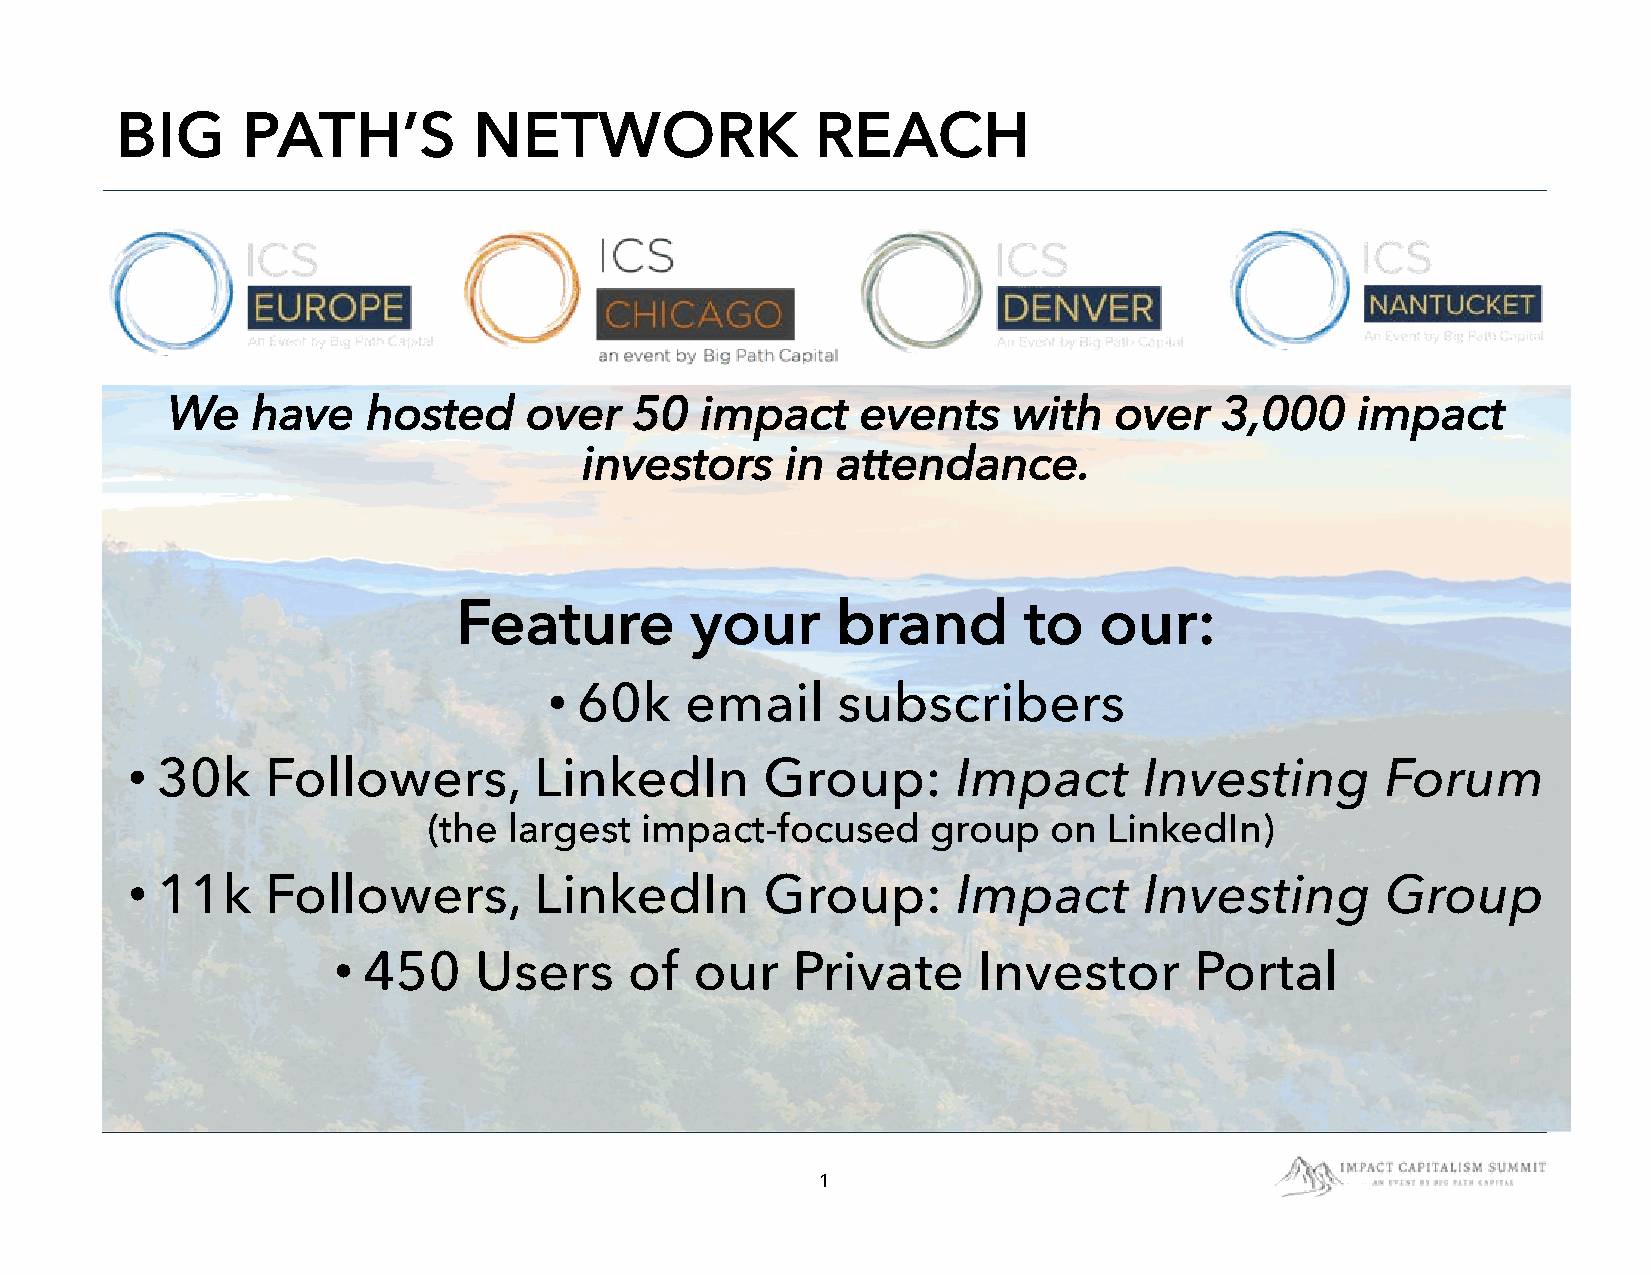
BIG     PATH’S         NETWORK                REACH
 We    have   hosted     over   50  impact     events    with   over   3,000    impact
 investors    in attendance.
 Feature         your     brand        to   our:
 •
 60k    email     subscribers
 •
 30k     Followers,       LinkedIn        Group:      Impact       Investing       Forum
 (the  largest impact-focused      group   on LinkedIn)
 •
 11k     Followers,       LinkedIn        Group:      Impact       Investing       Group
 •
 450    Users      of  our   Private      Investor      Portal
 1